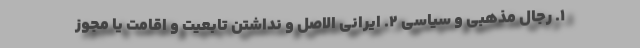
۱. رجال مذهبی و سیاسی ۲. ایرانی الاصل و نداشتن تابعیت و اقامت یا مجوز